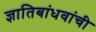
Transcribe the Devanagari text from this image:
ज्ञातिबांधवांची